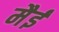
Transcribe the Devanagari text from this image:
मैई